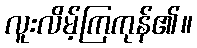
လူးလိမ့်ကြကုန်၏။